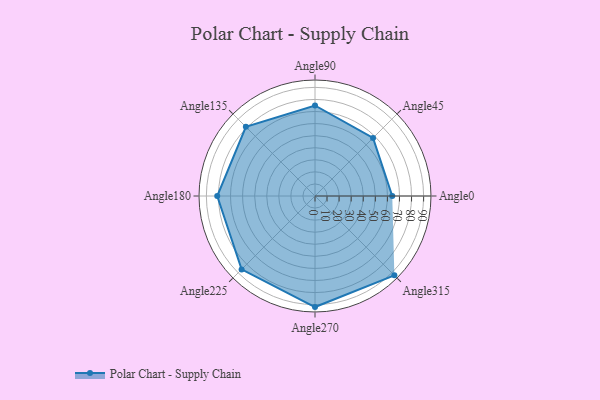
{"axis": {"x": "Angle", "y": "Radius"}, "legend": [""], "data": [{"x": "Angle0", "y": 64.0, "type": ""}, {"x": "Angle45", "y": 68.0, "type": ""}, {"x": "Angle90", "y": 75.0, "type": ""}, {"x": "Angle135", "y": 81.0, "type": ""}, {"x": "Angle180", "y": 81.0, "type": ""}, {"x": "Angle225", "y": 86.0, "type": ""}, {"x": "Angle270", "y": 92.0, "type": ""}, {"x": "Angle315", "y": 93.0, "type": ""}]}